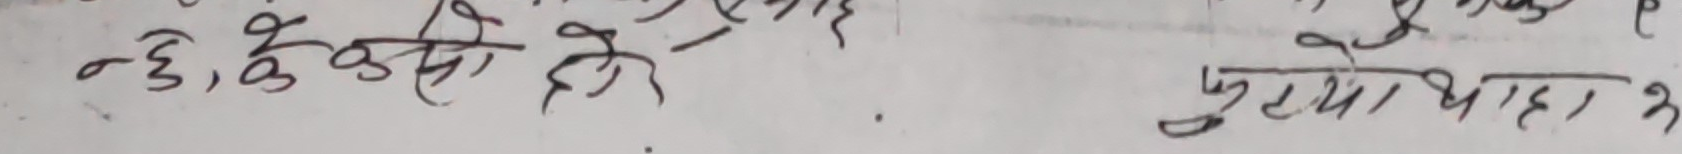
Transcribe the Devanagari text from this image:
न-६, के कुने है।
पुरो भाहा ३